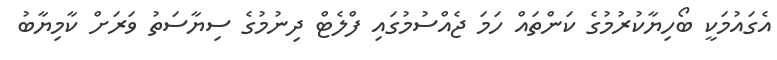
އެގައުމަކީ ބޯހިޔާކުރުމުގެ ކަންތައް ހަމަ ޖެއްސުމުގައި ފްލެޓް ދިނުމުގެ ސިޔާސަތު ވަރަށް ކާމިޔާބު